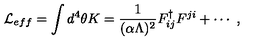
{ \cal L } _ { e f f } = \int d ^ { 4 } \theta K = { \frac { 1 } { ( \alpha \Lambda ) ^ { 2 } } } F _ { i j } ^ { \dag } F ^ { j i } + \cdots \ ,